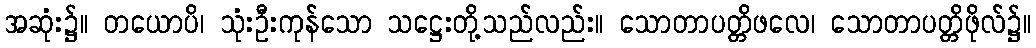
အဆုံး၌။ တယောပိ၊ သုံးဦးကုန်သော သဋ္ဌေးတို့သည်လည်း။ သောတာပတ္တိဖလေ၊ သောတာပတ္တိဖိုလ်၌။